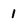
Character: 1